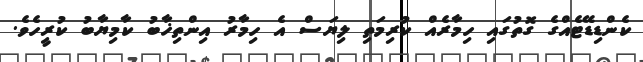
ކެންޑިޑޭޓެއްގެ ގޮތުގައި ހިމާރެއް ކުރިމަތި ލިޔަސް އެ ހިމާރު އިންތިޚާބު ކާމިޔާބު ކުރީހެވެ.